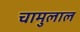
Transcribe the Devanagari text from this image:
चामुलाल